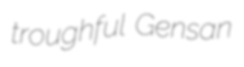
troughful Gensan